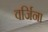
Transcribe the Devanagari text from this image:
वर्जिना